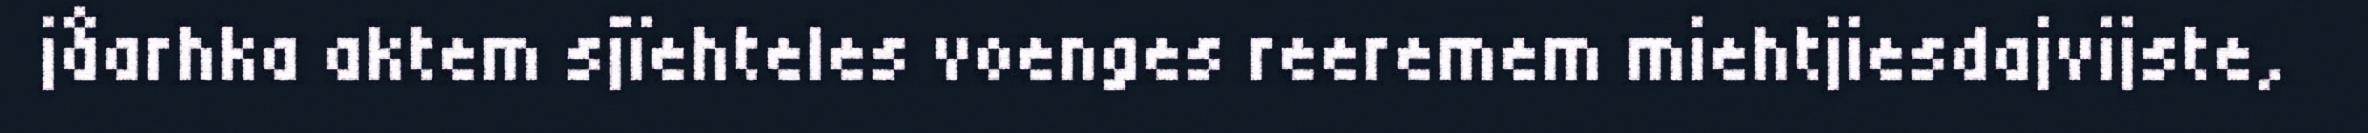
jåarhka aktem sjïehteles voenges reeremem miehtjiesdajvijste,